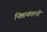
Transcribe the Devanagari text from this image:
निष्ठावंतानी